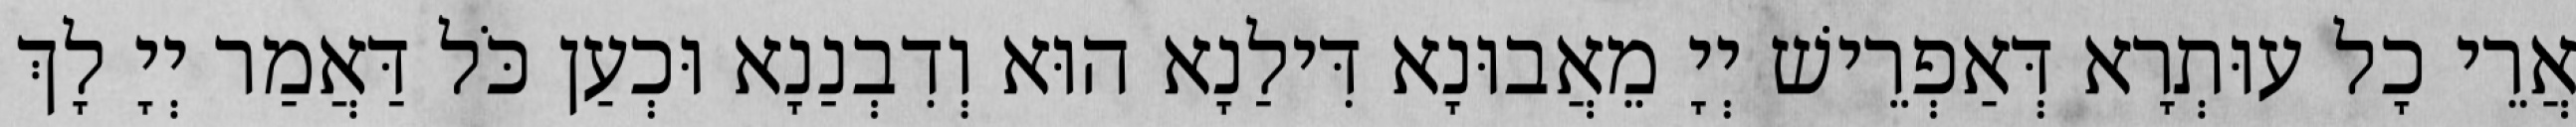
אֲרֵי כָל עוּתְרָא דְּאַפְרֵישׁ יְיָ מֵאֲבוּנָא דִּילַנָא הוּא וְדִבְנַנָא וּכְעַן כֹּל דַּאֲמַר יְיָ לָךְ